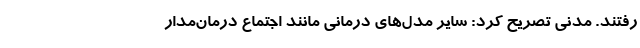
رفتند. مدنی تصریح کرد: سایر مدل‌های درمانی مانند اجتماع درمان‌مدار